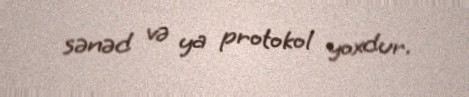
sənəd və ya protokol yoxdur.